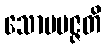
သောပပဇ္ဇတိ